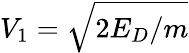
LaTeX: V_{1}=\sqrt{2E_{D}/m}